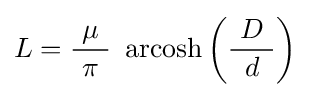
L={\frac {\mu }{\ \pi \ }}\ \operatorname {arcosh} \left({\frac {\ D\ }{d}}\right)